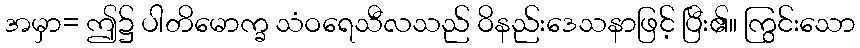
အမှာ= ဤ၌ ပါတိမောက္ခ သံဝရေသီလသည် ဝိနည်းဒေသနာဖြင့် ပြီး၏။ ကြွင်းသော